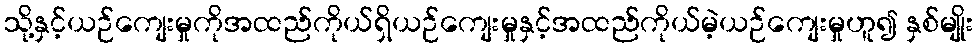
သို့နှင့်ယဉ်ကျေးမှုကိုအထည်ကိုယ်ရှိယဉ်ကျေးမှုနှင့်အထည်ကိုယ်မဲ့ယဉ်ကျေးမှုဟူ၍ နှစ်မျိုး